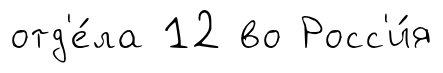
отд'е́ла 12 во Росс'и́я